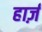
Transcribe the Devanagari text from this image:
हार्ज़